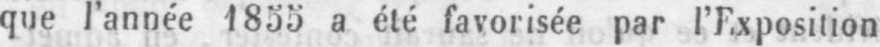
que l’année 1855 a été favorisée par l’Exposition